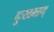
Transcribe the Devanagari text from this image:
दुःखभाग्